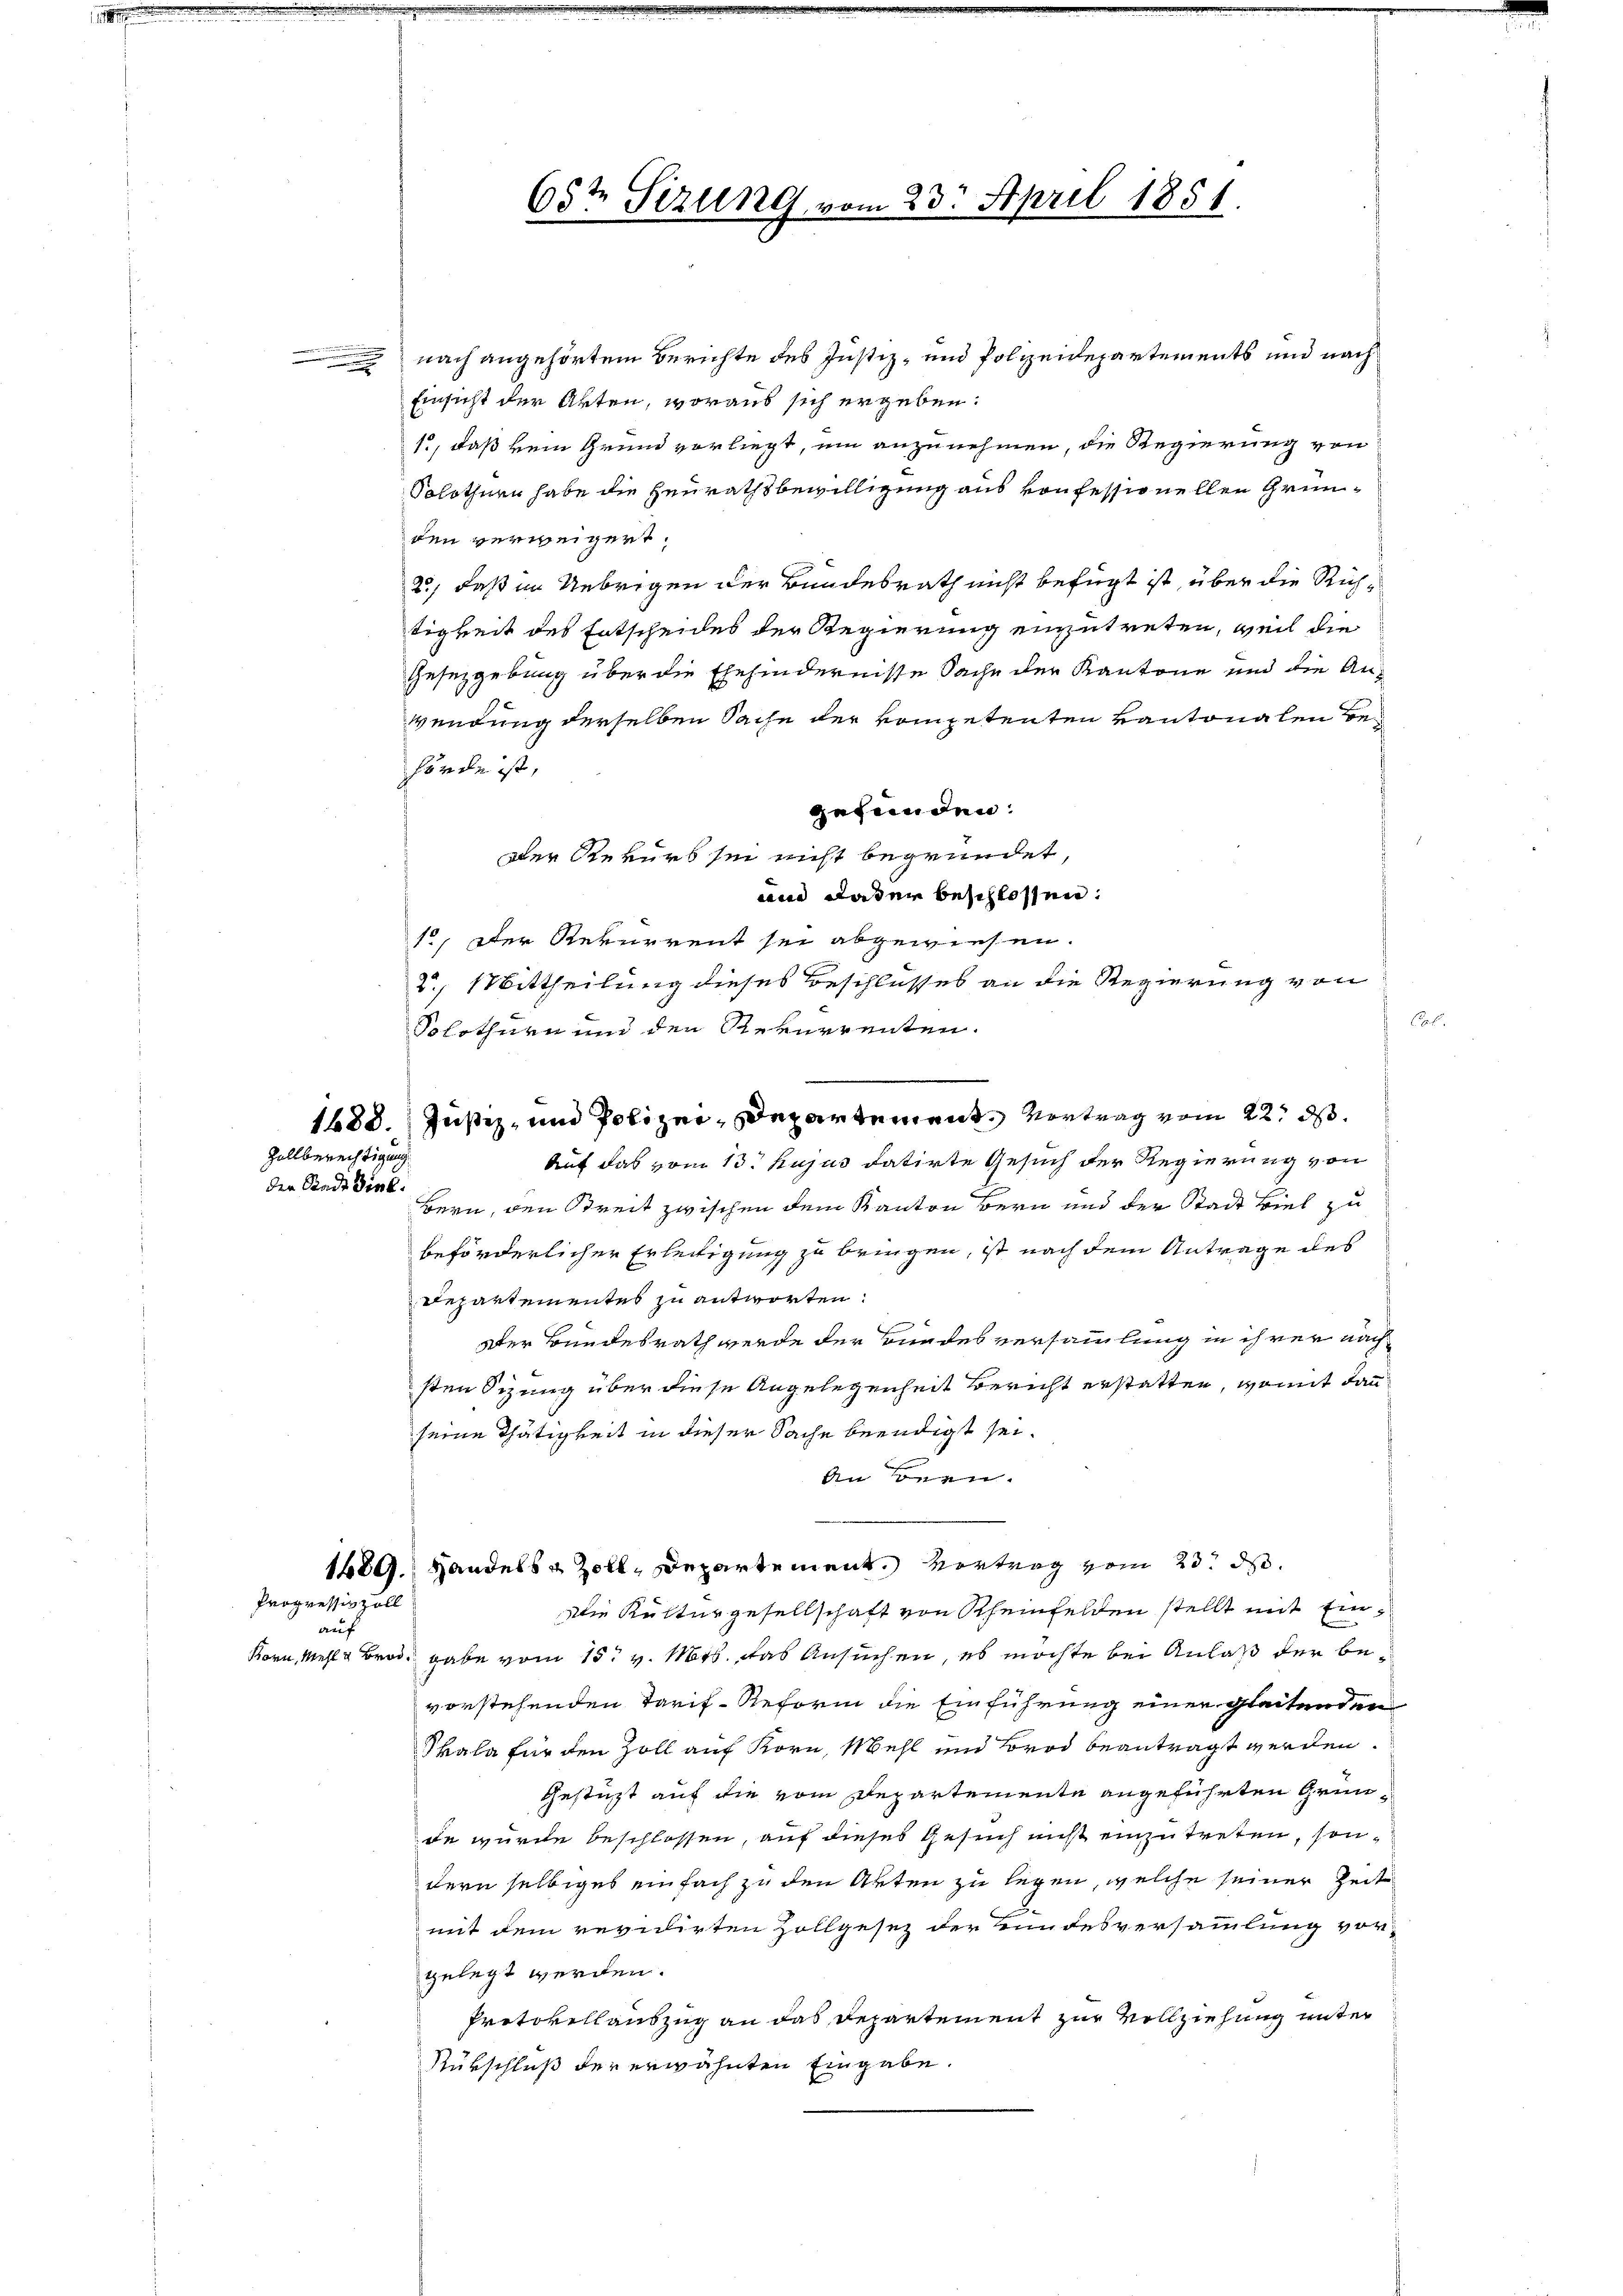
1

Zollberechtigung
der Stadt Ziel.

Korn, Mehl u. Brod¬

Progressin zoll
auf

nach angehörtem Berichte des Justiz- und Polizeidepartements und nach
Einsicht der Akten, woraus sich ergeben:
1., daß kein Grund vorliegt, um anzunehmen, die Regierung von
Solothurn habe die Heurathsbewilligung aus konfessionellen Gründen verweigert.
2., daß im Uebrigen der Bundesrath nicht befügt ist, über die Richtigkeit des Entscheides der Regierung einzutreten, weil die
Gesetzgebung über die Ehehindernisse Sache der Kantone und die An-
wendung derselben Sache der kompetenten kantonalen Behörde ist,
gefunden:
Der Rekurs sei nicht begründet,
Bern, den Streit zwischen dem Kanton Bern und der Stadt Biel zu
beförderlicher Erleitigung zu bringen, ist nach dem Antrage des
Departementes zu antworten.
Der Bundesrath werde der Bundesversammlung in ihrer nach
sten Sizung über diese Angelegenheit Bericht erstatten, womit dann
seine Thätigkeit in dieser Sache beendigt sei.
An onen.
1689. Handels & Zoll, Departement. Vortrag vom 23. ds.
Die Kulturgesellschaft von Rheinfelden stellt mit Eingabe vom 15t v. Mts. das Ansuchen, es möchte bei Anlaß der bevorstehenden Tarif-Reform die Einführung einer gleitenden
Skala für den Zoll auf Korn, Mehl und Brod beantragt werden
Gestützt auf die vom Departemente angeführten Gründe wurde beschlossen, auf dieses Gesuch nicht einzutreten, sondern selbiges einfach zu den Akten zu legen, welche seiner Zeit
mit dem revidirten Zollgesez der Bundesversammlung vor-
gelegt werden.
Protokollauszug an das Departement zur Vollziehung unter
Rürschluß der erwähnten Eingabe.

65te Sizung v

am 23. April 1851.

ain daser beschlossen:
1o. Der Rekurrent sei abgewiesen.
2, Mittheilung dieses Beschlusses an die Regierung von
Solothurn nun den Rekurrenten.
1488. Justiz, und Polizei, Departement, Vortrag vom 22. ds.
Auf das vom 13. hujus datirte Gesuch der Regierung von

E